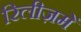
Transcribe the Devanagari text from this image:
रिलीज़में